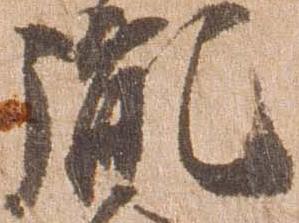
胤